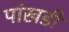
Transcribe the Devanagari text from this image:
पांखडी